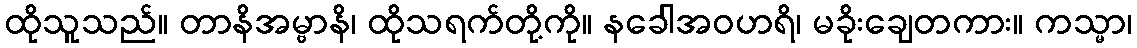
ထိုသူသည်။ တာနိအမ္ဗာနိ၊ ထိုသရက်တို့ကို။ နခေါအဝဟရိ၊ မခိုးချေတကား။ ကသ္မာ၊